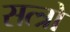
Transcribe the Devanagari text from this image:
सत्त्रो